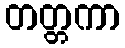
တတ္တကာ